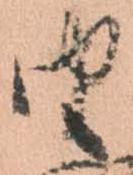
由